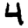
Digit: 4